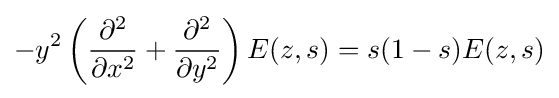
-y^{2}\left({\frac {\partial ^{2}}{\partial x^{2}}}+{\frac {\partial ^{2}}{\partial y^{2}}}\right)E(z,s)=s(1-s)E(z,s)